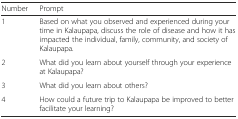
| Number | Prompt |
 | --- | --- |
 | 1 | Based on what you observed and experienced during your time in Kalaupapa, discuss the role of disease and how it has impacted the individual, family, community, and society of Kalaupapa. |
 | 2 | What did you learn about yourself through your experience at Kalaupapa? |
 | 3 | What did you learn about others? |
 | 4 | How could a future trip to Kalaupapa be improved to better facilitate your learning? |